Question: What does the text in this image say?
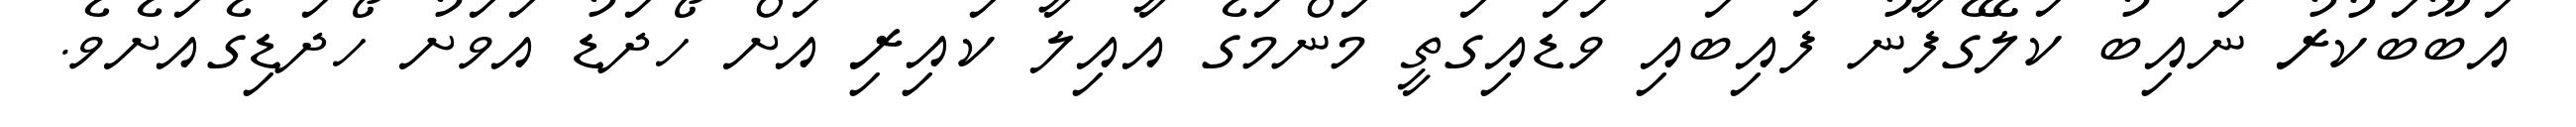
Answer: އަބޫބަކުރު ނައިބު ކަލޭގެފާނު ފައިބައި ވަޑައިގަތީ މަންމަގެ އާއިލާ ކައިރި އަށް ހޯދަޑު އަވަށު ހޯދަޑިގެއަށެވެ.